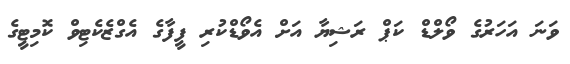
ވަނަ އަހަރުގެ ވޯލްޑް ކަޕް ރަޝިޔާ އަށް އެވޯޑްކުރި ފީފާގެ އެގްޒެކެޓިވް ކޮމިޓީގެ